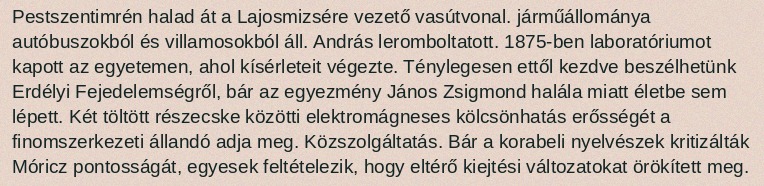
Pestszentimrén halad át a Lajosmizsére vezető vasútvonal. járműállománya autóbuszokból és villamosokból áll. András leromboltatott. 1875-ben laboratóriumot kapott az egyetemen, ahol kísérleteit végezte. Ténylegesen ettől kezdve beszélhetünk Erdélyi Fejedelemségről, bár az egyezmény János Zsigmond halála miatt életbe sem lépett. Két töltött részecske közötti elektromágneses kölcsönhatás erősségét a finomszerkezeti állandó adja meg. Közszolgáltatás. Bár a korabeli nyelvészek kritizálták Móricz pontosságát, egyesek feltételezik, hogy eltérő kiejtési változatokat örökített meg.